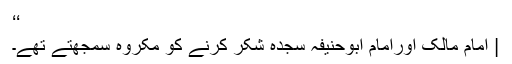
‘‘
| امام مالکؒ اورامام ابوحنیفہؒ سجدہ شکر کرنے کو مکروہ سمجھتے تھے۔